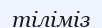
тіліміз